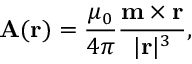
\mathbf { A } ( \mathbf { r } ) = { \frac { \mu _ { 0 } } { 4 \pi } } { \frac { \mathbf { m } \times \mathbf { r } } { | \mathbf { r } | ^ { 3 } } } ,